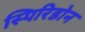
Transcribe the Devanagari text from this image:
स्पिरिडोन